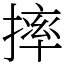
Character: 摔